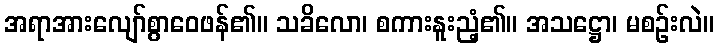
အရာအားလျော်စွာဝေဖန်၏။ သခိလော၊ စကားနူးညံ့၏။ အသဋ္ဌော၊ မစဉ်းလဲ။